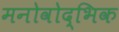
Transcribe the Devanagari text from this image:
मनोवोद्भिक